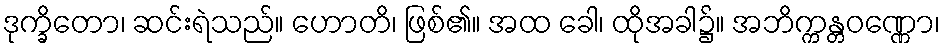
ဒုက္ခိတော၊ ဆင်းရဲသည်။ ဟောတိ၊ ဖြစ်၏။ အထ ခေါ၊ ထိုအခါ၌။ အဘိက္ကန္တဝဏ္ဏော၊